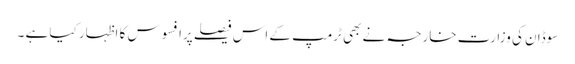
سوڈان کی وزارت خارجہ نے بھی ٹرمپ کے اس فیصلے پرافسوس کا اظہار کیا ہے ۔